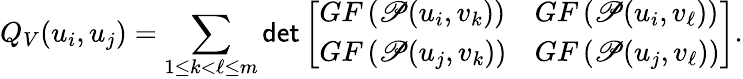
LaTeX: Q_{V}(u_{i},u_{j})=\sum_{1\leq k<\ell\leq m}\mathsf{det}\left[\begin{array}{ll}{GF\left(\mathscr{P}(u_{i},v_{k})\right)}&{GF\left(\mathscr{P}(u_{i},v_{\ell})\right)}\\ {GF\left(\mathscr{P}(u_{j},v_{k})\right)}&{GF\left(\mathscr{P}(u_{j},v_{\ell})\right)}\end{array}\right].